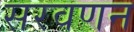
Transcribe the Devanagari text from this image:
सरवणन